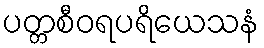
ပတ္တစီဝရပရိယေသနံ